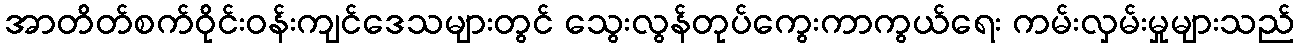
အာတိတ်စက်ဝိုင်းဝန်းကျင်ဒေသများတွင် သွေးလွန်တုပ်ကွေးကာကွယ်ရေး ကမ်းလှမ်းမှုများသည်